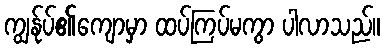
ကျွန်ုပ်၏ကျောမှာ ထပ်ကြပ်မကွာ ပါလာသည်။